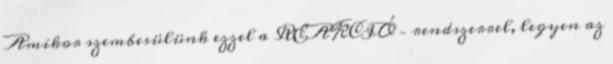
Amikor szembesülünk ezzel a REAKCIÓ – rendszerrel, legyen az